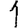
Digit: 1